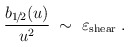
\begin{align*}\frac{b_{1\!/\!2}(u)}{u^2} \;\sim\; \varepsilon_{\mbox{\scriptsize{shear}}}\;.\end{align*}